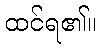
ထင်ရ၏။